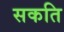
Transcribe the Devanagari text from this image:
सकति